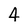
Character: 4